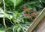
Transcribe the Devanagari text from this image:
मैंटो